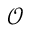
\mathcal { O }